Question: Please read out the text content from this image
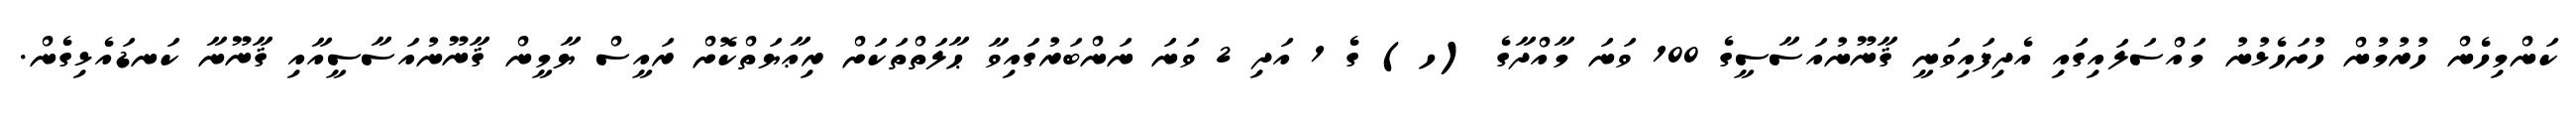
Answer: ކަންމިހެން ހުރުމުން ހުށަހެޅުނު މައްސަލައިގައި އެދިފައިވަނީ ޤާނޫނުއަސާސީގެ 100 ވަނަ މާއްދާގެ (ހ) ގެ 1 އަދި 2 ވަނަ ނަންބަރުގައިވާ ޙާލަތްތަކަށް ރިޢާޔަތްކޮށް ރައީސް ޔާމީން ޤާނޫނުއަސާސީއާއި ޤާނޫނާ ކަނޑައެޅިގެން.